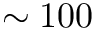
\sim 1 0 0